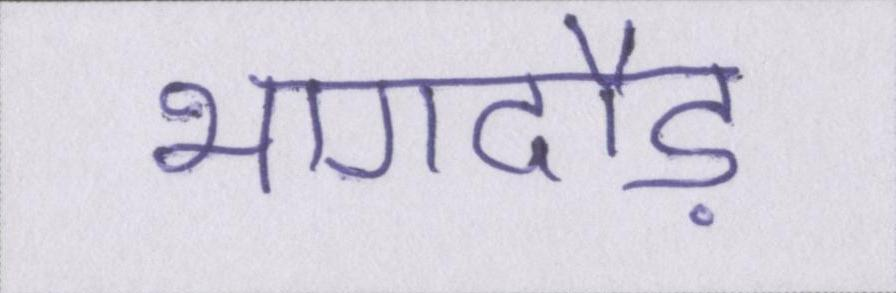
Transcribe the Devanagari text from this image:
भागदौड़